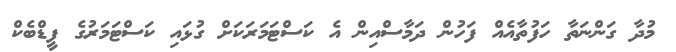
މުދާ ގަންނަތާ ހަފުތާއެއް ފަހުން ދަމާސްއިން އެ ކަސްޓަމަރަކަށް ގުޅައި ކަސްޓަމަރުގެ ފީޑްބެކް